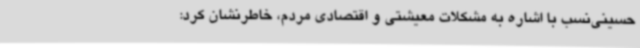
حسینی‌نسب با اشاره به مشکلات معیشتی و اقتصادی مردم، خاطرنشان کرد: